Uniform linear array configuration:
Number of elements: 12
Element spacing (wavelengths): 0.75
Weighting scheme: kaiser
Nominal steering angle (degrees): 60
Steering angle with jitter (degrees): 58.539
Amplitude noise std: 0.05
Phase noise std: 0.05

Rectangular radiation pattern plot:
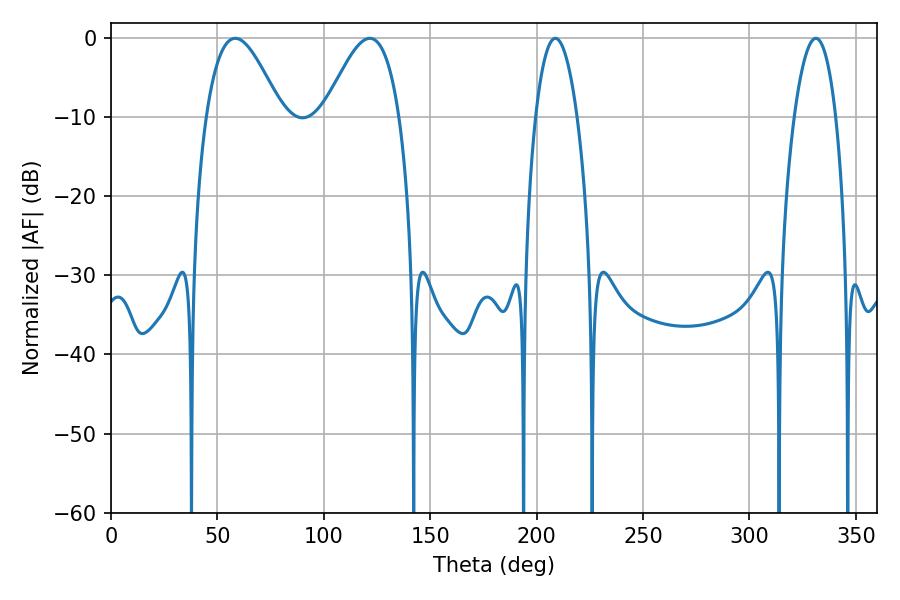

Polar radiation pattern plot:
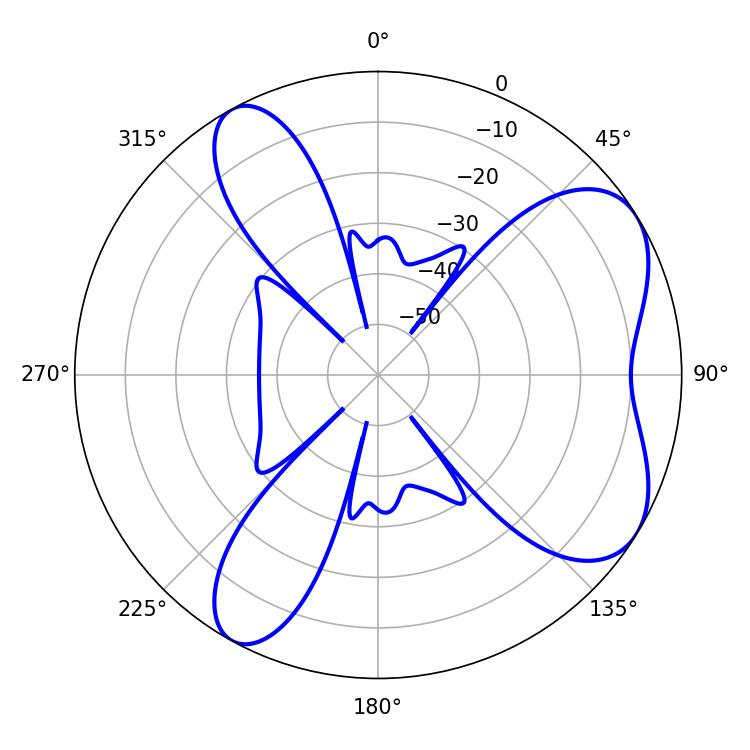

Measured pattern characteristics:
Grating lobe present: TRUE
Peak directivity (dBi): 6.405
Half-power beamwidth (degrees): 10.8
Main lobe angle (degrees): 208.8